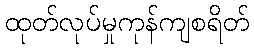
ထုတ်လုပ်မှုကုန်ကျစရိတ်